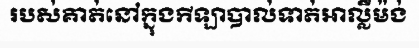
របស់គាត់នៅក្នុងកីឡាបាល់ទាត់អាល្លឺម៉ង់